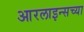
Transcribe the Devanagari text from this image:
आरलाइन्सच्या